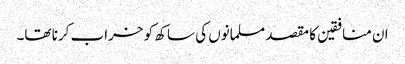
ان منافقین کا مقصد مسلمانوں کی ساکھ کو خراب کرنا تھا۔